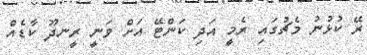
ރޭ ކުޅުނު މެޗުގައި ރެމީ އަދި ކަންޓޭ އަށް ވަނީ ރީނދޫ ކާޑެއް